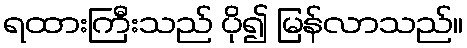
ရထားကြီးသည် ပို၍ မြန်လာသည်။